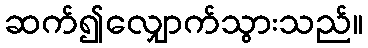
ဆက်၍လျှောက်သွားသည်။